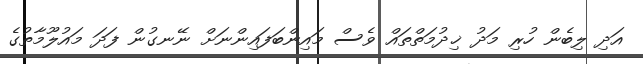
އަދި ލިބެން ހުރި މަދު ޚިދުމަތްތައް ވެސް މައިންބަފައިންނަށް ނޭނގުން ފަދަ މައުލޫމާތުގެ